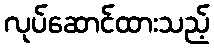
လုပ်ဆောင်ထားသည့်